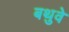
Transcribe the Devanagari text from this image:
बथुवे